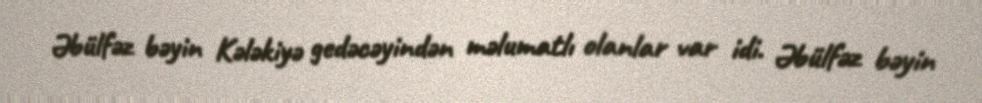
Əbülfəz bəyin Kələkiyə gedəcəyindən məlumatlı olanlar var idi. Əbülfəz bəyin